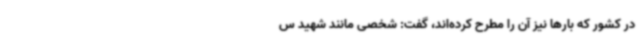
در کشور که بارها نیز آن‌ را مطرح کرده‌اند، گفت: شخصی مانند شهید س